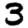
Digit: 3